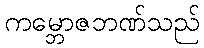
ကမ္ဘောဇဘဏ်သည်